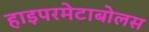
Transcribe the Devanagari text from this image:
हाइपरमेटाबोलस